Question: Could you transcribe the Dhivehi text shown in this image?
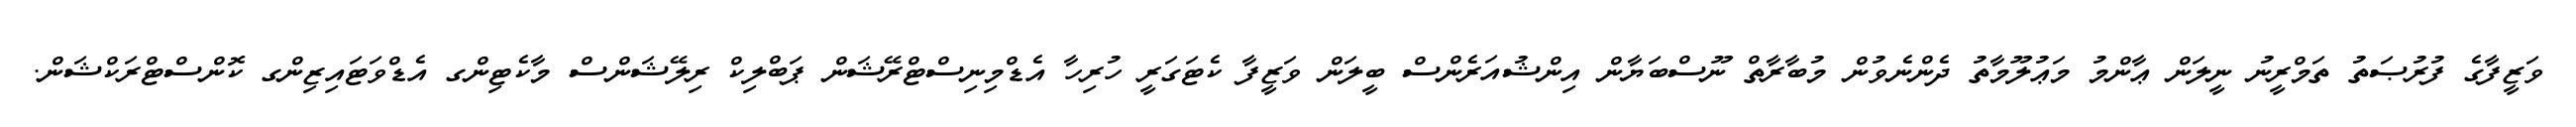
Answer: ވަޒީފާގެ ފުރުޞަތު ތަމްރީނު ނީލަން ޢާންމު މަޢުލޫމާތު ދެންނެވުން މުބާރާތް ނޫސްބަޔާން އިންޝުއަރެންސް ބީލަން ވަޒީފާ ކެޓަގަރީ ހުރިހާ އެޑްމިނިސްޓްރޭޝަން ޕަބްލިކް ރިލޭޝަންސް މާކެޓިންގ އެޑްވަޓައިޒިންގ ކޮންސްޓްރަކްޝަން.